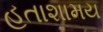
હતાશામય